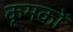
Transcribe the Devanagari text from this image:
कृमकों